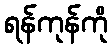
ရန်ကုန်ကို